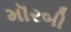
મૉરબી